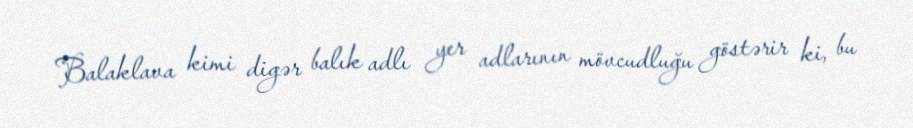
Balaklava kimi digər balık adlı yer adlarının mövcudluğu göstərir ki, bu